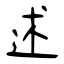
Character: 述